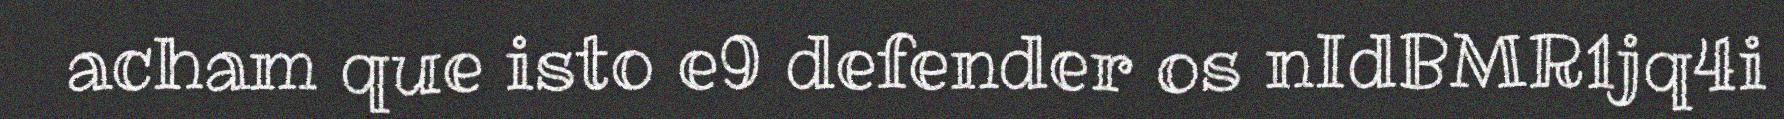
acham que isto e9 defender os nIdBMR1jq4i